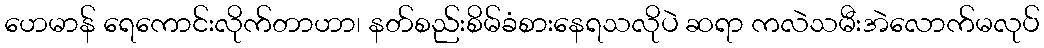
ဟေမာန် ရေကောင်းလိုက်တာဟာ၊ နတ်စည်းစိမ်ခံစားနေရသလိုပဲ ဆရာ ကလဲသမီးအဲလောက်မလုပ်